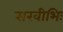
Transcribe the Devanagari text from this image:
सखीभिः